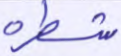
شطره